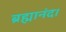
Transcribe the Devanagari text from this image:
ब्रह्मानंद।